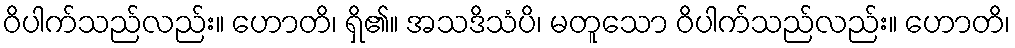
ဝိပါက်သည်လည်း။ ဟောတိ၊ ရှိ၏။ အသဒိသံပိ၊ မတူသော ဝိပါက်သည်လည်း။ ဟောတိ၊